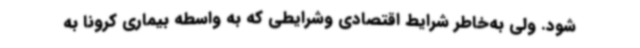
شود. ولی به‌خاطر شرایط اقتصادی وشرایطی که به واسطه بیماری کرونا به